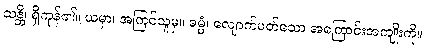
သန္တိ၊ ရှိကုန်၏။ ယမှာ၊ အကြင်သူမှ။ ဓမ္မံ၊ လျောက်ပတ်သော အကြောင်းအကျိုးကို။